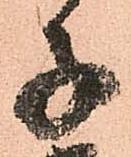
子